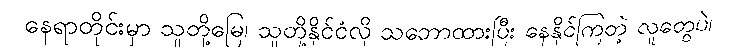
နေရာတိုင်းမှာ သူတို့မြေ၊ သူတို့နိုင်ငံလို သဘောထားပြီး နေနိုင်ကြတဲ့ လူတွေပဲ၊